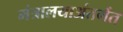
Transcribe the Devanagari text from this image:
मंत्रालयाअंतर्गत